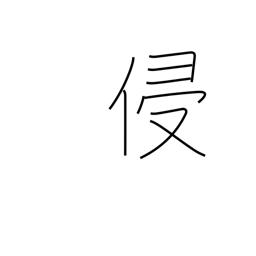
Meaning: violate